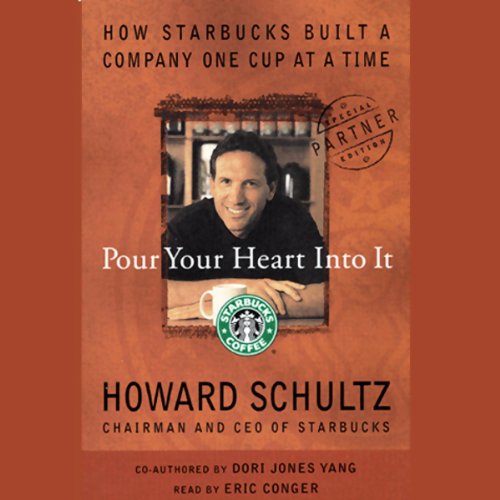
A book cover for Pour Your Heart into It: How Starbucks Built a Company One Cup at a Time; Howard Schultz; Cookbooks, Food & Wine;